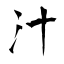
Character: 汁